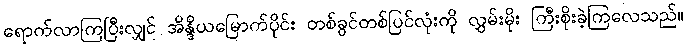
ရောက်လာကြပြီးလျှင် အိန္ဒိယမြောက်ပိုင်း တစ်ခွင်တစ်ပြင်လုံးကို လွှမ်းမိုး ကြီးစိုးခဲ့ကြလေသည်။